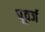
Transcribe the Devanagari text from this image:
पूवर्ज